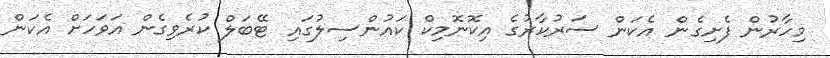
މިހާރުން ފެށިގެން އެކަން ސަރުކާރުގެ އިކޮނޮމިކް ކައުންސިލުގައި ޓޭބަލް ކުރެވިގެން އަވަހަށް އެކަން